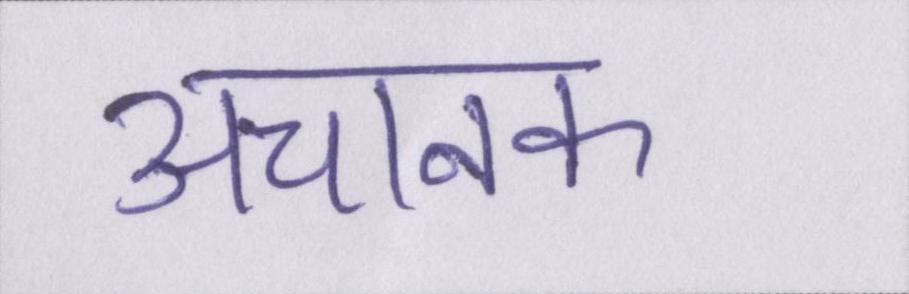
अचानक